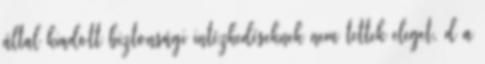
által kiadott biztonsági intézkedéseknek nem tettek eleget, d a